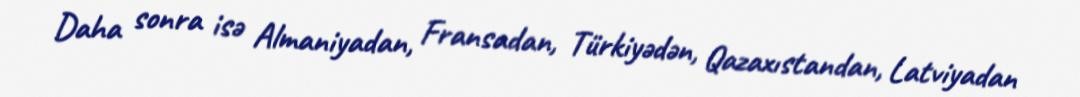
Daha sonra isə Almaniyadan, Fransadan, Türkiyədən, Qazaxıstandan, Latviyadan